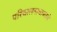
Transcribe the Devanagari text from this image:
परिचालनाबाबतचे